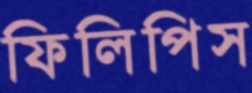
ফিলিপিস